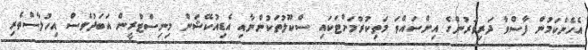
އެހެންކަމުން ފާސްވާ ދަރިވަރުންގެ އިންސައްތަ މަތިކުރުމަށްޓަކައި ސްކޫލުތަކުންނާއި އެޑިއުކޭޝަން މިނިސްޓްރީން އަބަދުވެސް އިހުލާސްތެރި